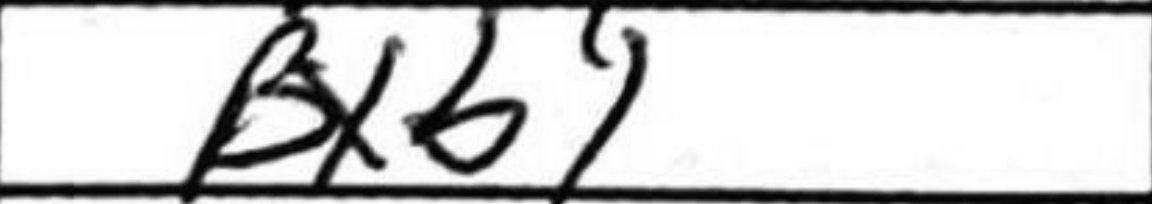
Transcription: Bxb1